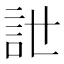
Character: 𧥨